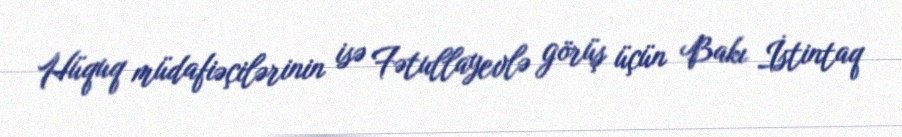
Hüquq müdafiəçilərinin isə Fətullayevlə görüş üçün Bakı İstintaq